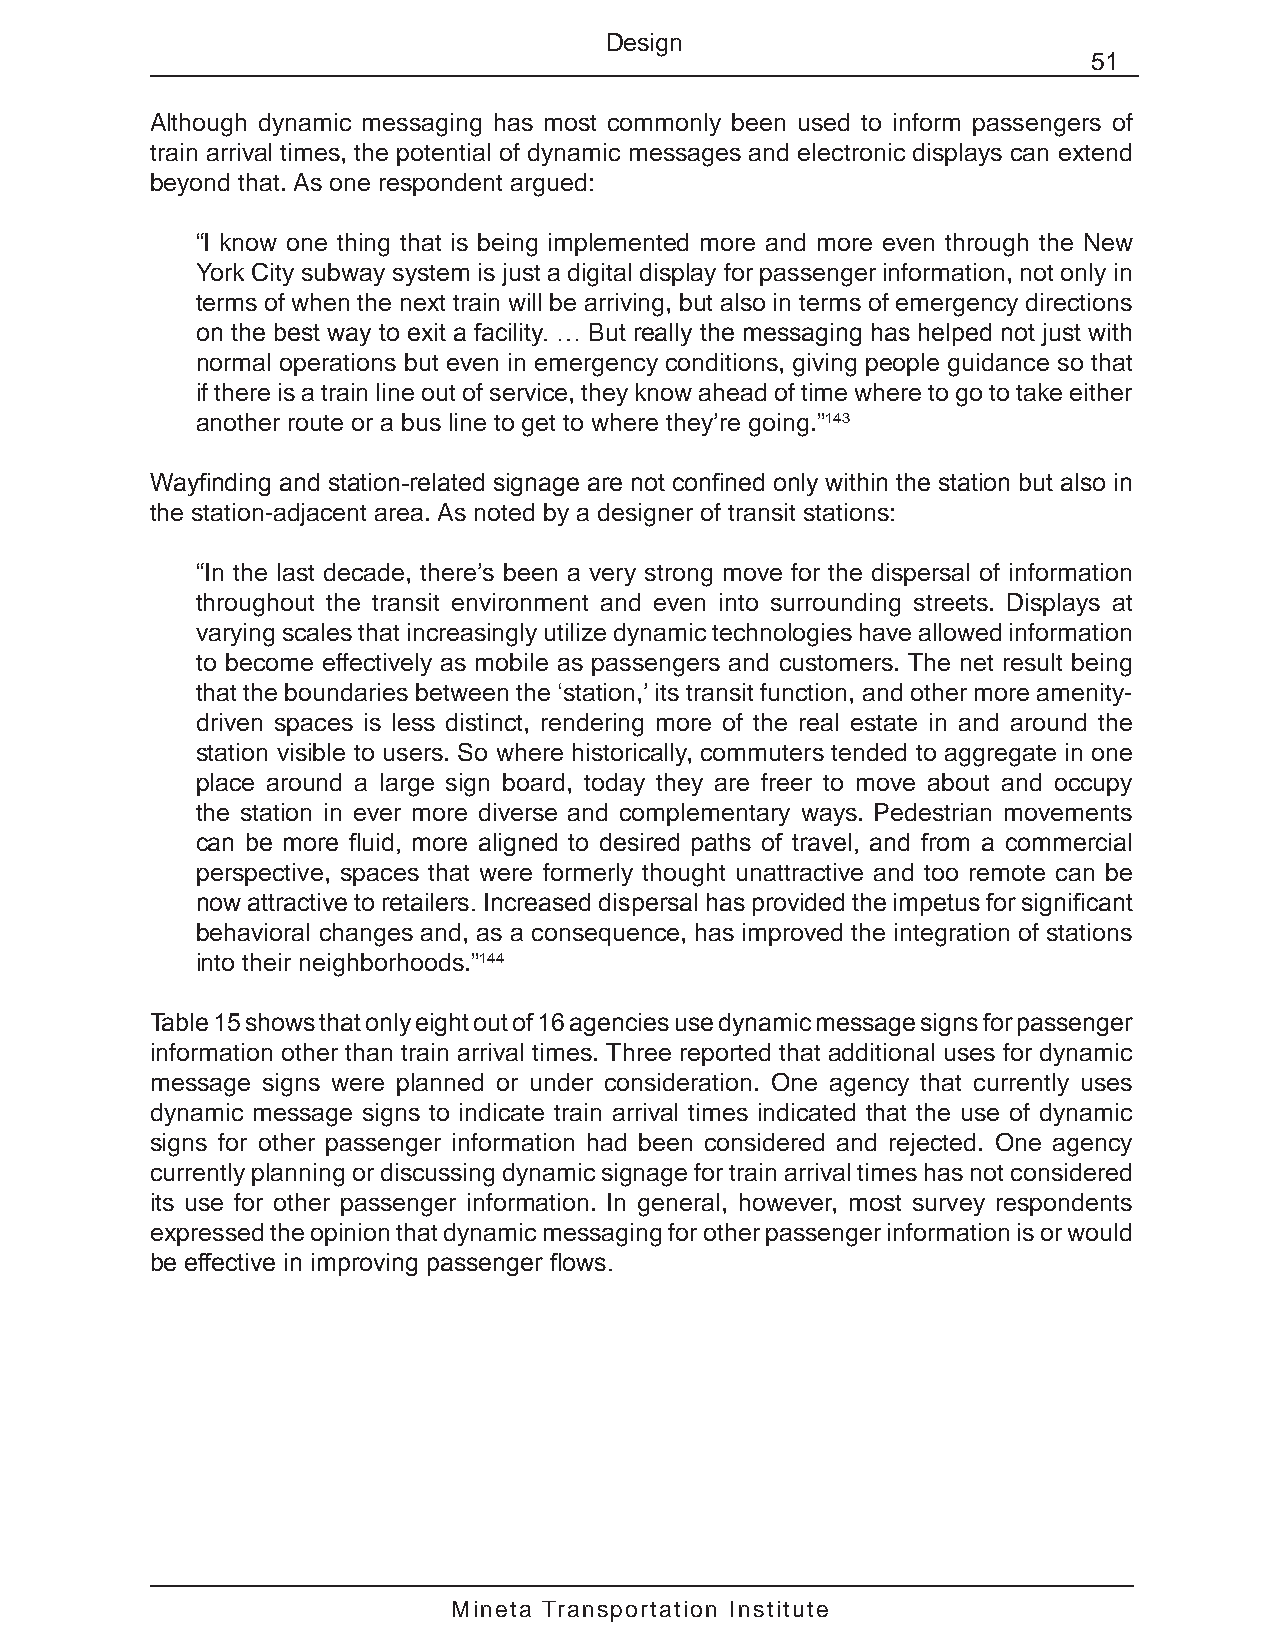
Design
 51
 Although dynamic messaging has most commonly been used to inform passengers of
 train arrival times, the potential of dynamic messages and electronic displays can extend
 beyond that. As one respondent argued:
 “I know one thing that is being implemented more and more even through the New
 York City subway system is just a digital display for passenger information, not only in
 terms of when the next train will be arriving, but also in terms of emergency directions
 on the best way to exit a facility. … But really the messaging has helped not just with
 normal operations but even in emergency conditions, giving people guidance so that
 if there is a train line out of service, they know ahead of time where to go to take either
 another route or a bus line to get to where they’re going.”143
 Wayfinding and station-related signage are not confined only within the station but also in
 the station-adjacent area. As noted by a designer of transit stations:
 “In the last decade, there’s been a very strong move for the dispersal of information
 throughout the transit environment and even into surrounding streets. Displays at
 varying scales that increasingly utilize dynamic technologies have allowed information
 to become effectively as mobile as passengers and customers. The net result being
 that the boundaries between the ‘station,’ its transit function, and other more amenity-
 driven spaces is less distinct, rendering more of the real estate in and around the
 station visible to users. So where historically, commuters tended to aggregate in one
 place around a large sign board, today they are freer to move about and occupy
 the station in ever more diverse and complementary ways. Pedestrian movements
 can be more fluid, more aligned to desired paths of travel, and from a commercial
 perspective, spaces that were formerly thought unattractive and too remote can be
 now attractive to retailers. Increased dispersal has provided the impetus for significant
 behavioral changes and, as a consequence, has improved the integration of stations
 into their neighborhoods.”144
 Table 15 shows that only eight out of 16 agencies use dynamic message signs for passenger
 information other than train arrival times. Three reported that additional uses for dynamic
 message signs were planned or under consideration. One agency that currently uses
 dynamic message signs to indicate train arrival times indicated that the use of dynamic
 signs for other passenger information had been considered and rejected. One agency
 currently planning or discussing dynamic signage for train arrival times has not considered
 its use for other passenger information. In general, however, most survey respondents
 expressed the opinion that dynamic messaging for other passenger information is or would
 be effective in improving passenger flows.
 Mineta Transportation Institute